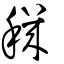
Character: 穖